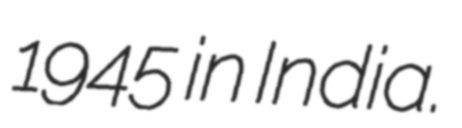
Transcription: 1945 in India.